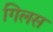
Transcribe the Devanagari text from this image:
गिलस